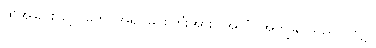
ထိုအခြင်းဖြင့်။ တေ၊ အရှင်မင်းကြီးအား။ အဟံ၊ အကျွန်ုပ်သည်။ တဂ္ဃ၊